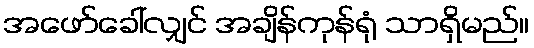
အဖော်ခေါ်လျှင် အချိန်ကုန်ရုံ သာရှိမည်။